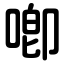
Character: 喞